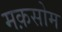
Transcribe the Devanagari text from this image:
मक़सोम